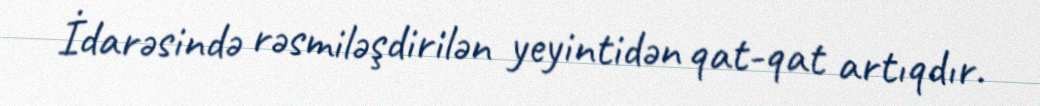
İdarəsində rəsmiləşdirilən yeyintidən qat-qat artıqdır.